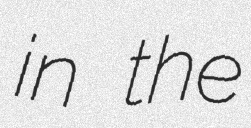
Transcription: in the